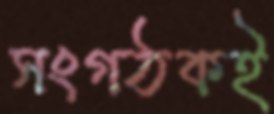
সংগঠকই